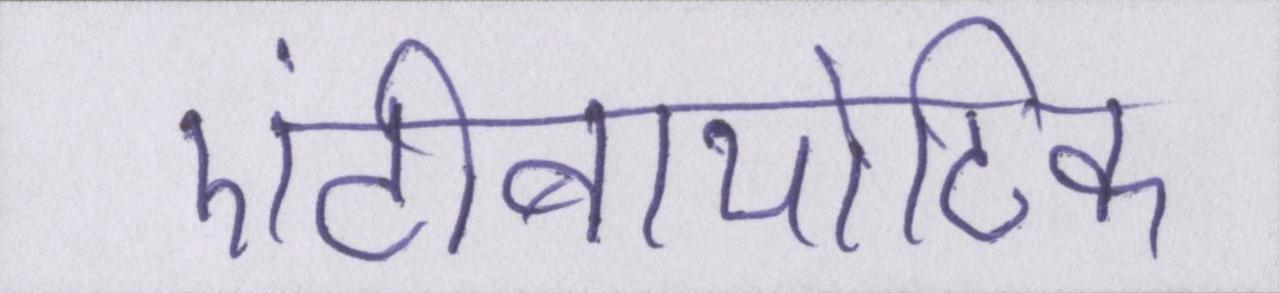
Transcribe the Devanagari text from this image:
एंटीबायोटिक